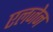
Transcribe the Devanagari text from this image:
एलजेन